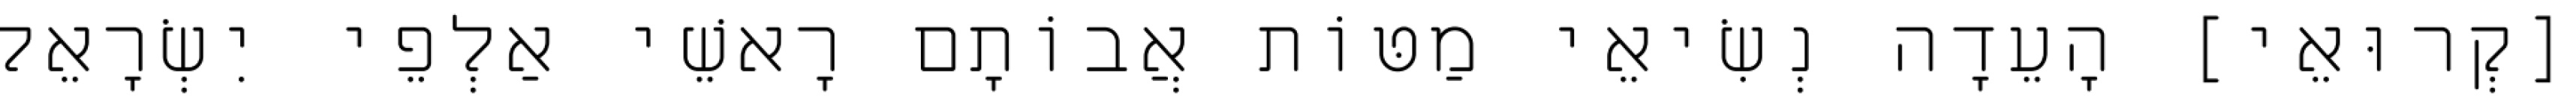
[קְרוּאֵי] הָעֵדָה נְשִׂיאֵי מַטּוֹת אֲבוֹתָם רָאשֵׁי אַלְפֵי יִשְׂרָאֵל